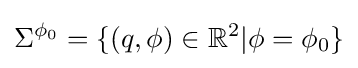
\Sigma ^{\phi _{0}}=\{(q,\phi )\in \mathbb {R} ^{2}|\phi =\phi _{0}\}